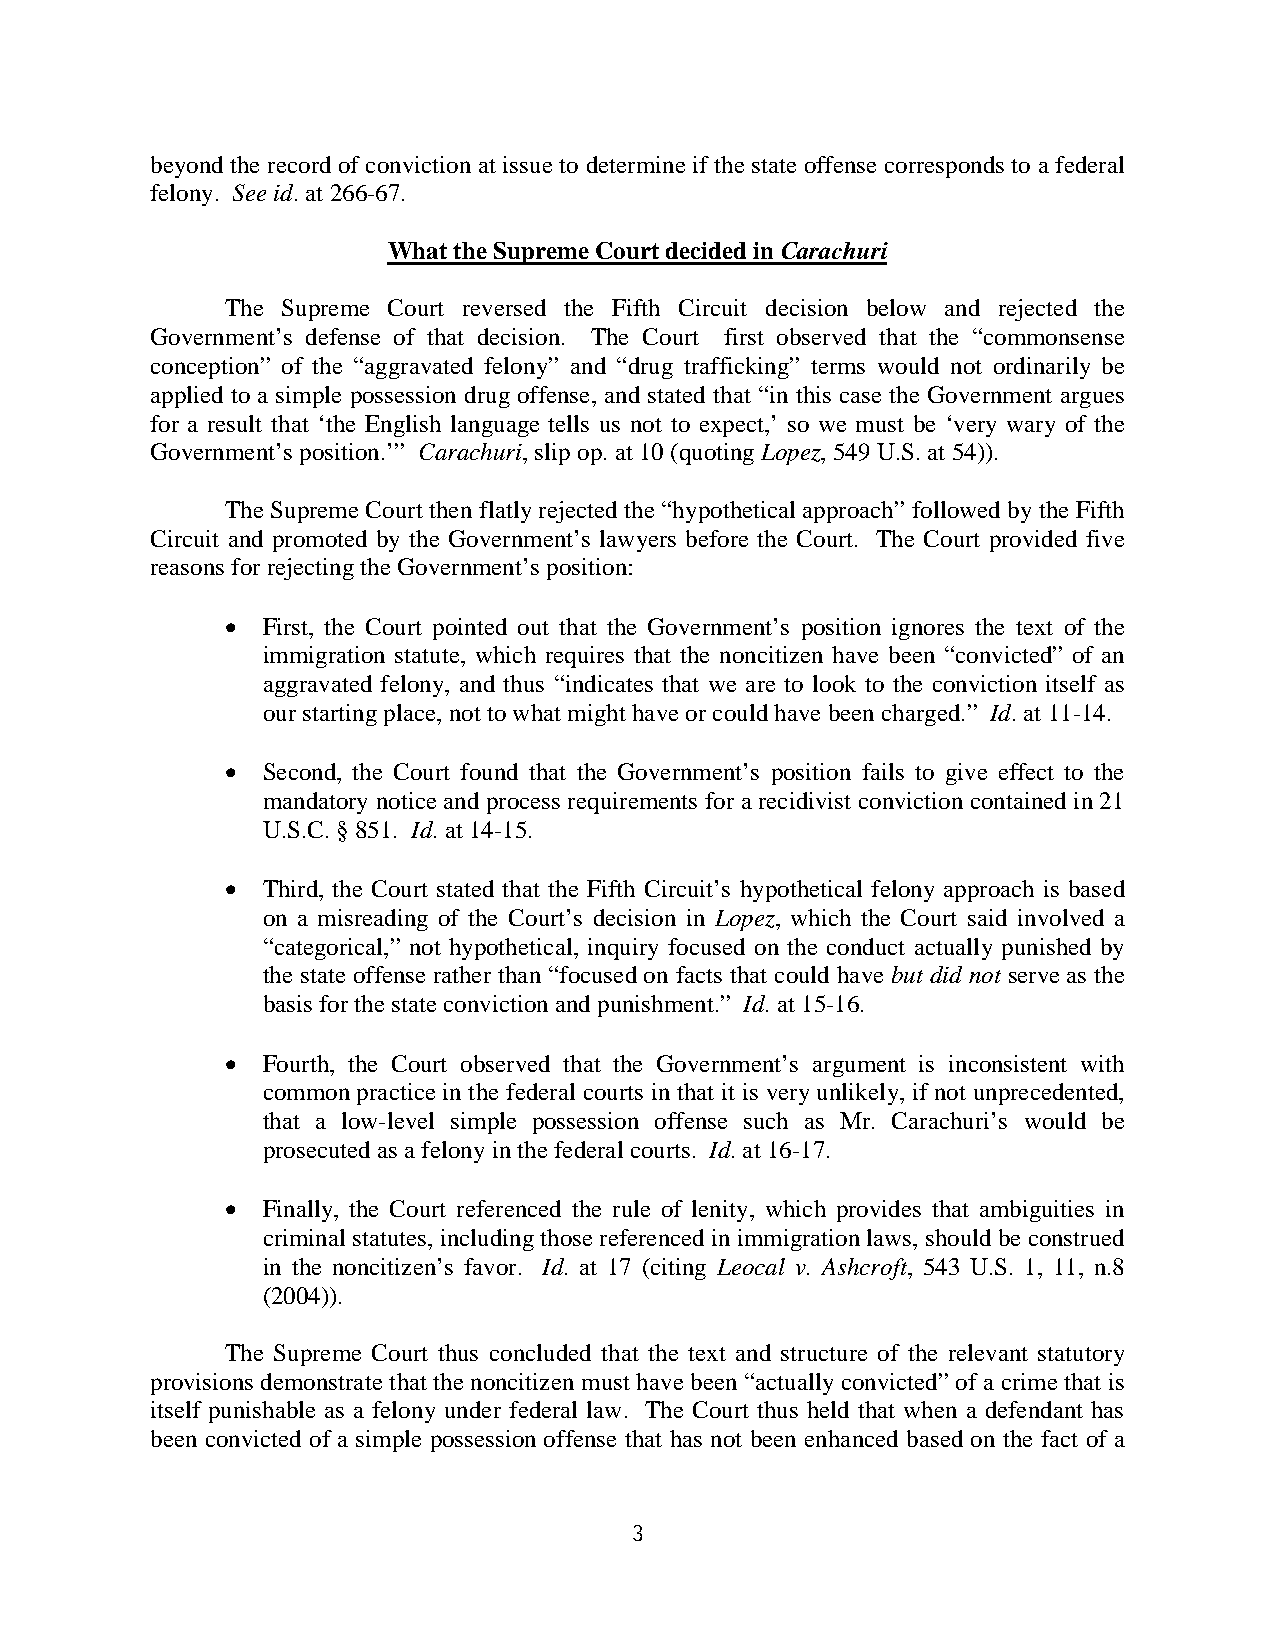
beyond the record of conviction at issue to determine if the state offense corresponds to a federal
 felony. See id. at 266-67.
 What the Supreme Court decided in Carachuri
 The Supreme Court reversed the Fifth Circuit decision below and rejected the
 Government’s defense of that decision. The Court first observed that the “commonsense
 conception” of the “aggravated felony” and “drug trafficking” terms would not ordinarily be
 applied to a simple possession drug offense, and stated that “in this case the Government argues
 for a result that ‘the English language tells us not to expect,’ so we must be ‘very wary of the
 Government’s position.’” Carachuri, slip op. at 10 (quoting Lopez, 549 U.S. at 54)).
 The Supreme Court then flatly rejected the “hypothetical approach” followed by the Fifth
 Circuit and promoted by the Government’s lawyers before the Court. The Court provided five
 reasons for rejecting the Government’s position:
  First, the Court pointed out that the Government’s position ignores the text of the
 immigration statute, which requires that the noncitizen have been “convicted” of an
 aggravated felony, and thus “indicates that we are to look to the conviction itself as
 our starting place, not to what might have or could have been charged.” Id. at 11-14.
  Second, the Court found that the Government’s position fails to give effect to the
 mandatory notice and process requirements for a recidivist conviction contained in 21
 U.S.C. § 851. Id. at 14-15.
  Third, the Court stated that the Fifth Circuit’s hypothetical felony approach is based
 on a misreading of the Court’s decision in Lopez, which the Court said involved a
 “categorical,” not hypothetical, inquiry focused on the conduct actually punished by
 the state offense rather than “focused on facts that could have but did not serve as the
 basis for the state conviction and punishment.” Id. at 15-16.
  Fourth, the Court observed that the Government’s argument is inconsistent with
 common practice in the federal courts in that it is very unlikely, if not unprecedented,
 that a low-level simple possession offense such as Mr. Carachuri’s would be
 prosecuted as a felony in the federal courts. Id. at 16-17.
  Finally, the Court referenced the rule of lenity, which provides that ambiguities in
 criminal statutes, including those referenced in immigration laws, should be construed
 in the noncitizen’s favor. Id. at 17 (citing Leocal v. Ashcroft, 543 U.S. 1, 11, n.8
 (2004)).
 The Supreme Court thus concluded that the text and structure of the relevant statutory
 provisions demonstrate that the noncitizen must have been “actually convicted” of a crime that is
 itself punishable as a felony under federal law. The Court thus held that when a defendant has
 been convicted of a simple possession offense that has not been enhanced based on the fact of a
 3